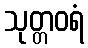
သုတ္တဝရံ